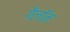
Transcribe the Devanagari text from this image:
गैलॉन